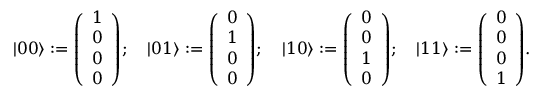
| 0 0 \rangle : = { \left( \begin{array} { l } { 1 } \\ { 0 } \\ { 0 } \\ { 0 } \end{array} \right) } ; \quad | 0 1 \rangle : = { \left( \begin{array} { l } { 0 } \\ { 1 } \\ { 0 } \\ { 0 } \end{array} \right) } ; \quad | 1 0 \rangle : = { \left( \begin{array} { l } { 0 } \\ { 0 } \\ { 1 } \\ { 0 } \end{array} \right) } ; \quad | 1 1 \rangle : = { \left( \begin{array} { l } { 0 } \\ { 0 } \\ { 0 } \\ { 1 } \end{array} \right) } .